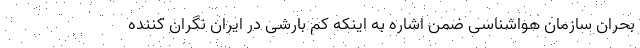
بحران سازمان هواشناسی ضمن اشاره به اینکه کم بارشی در ایران نگران کننده